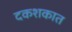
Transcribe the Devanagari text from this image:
दकशकात